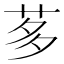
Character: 茤